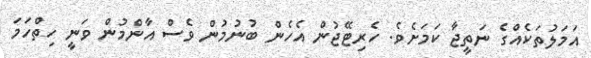
އަމަލުތަކެއްގެ ނަތީޖާ ކަމަށެވެ. ހެރިޓޭޖުން އެހެން ބުނުމުން ވެސް އާންމުން ވަނީ ހިތްހަމަ